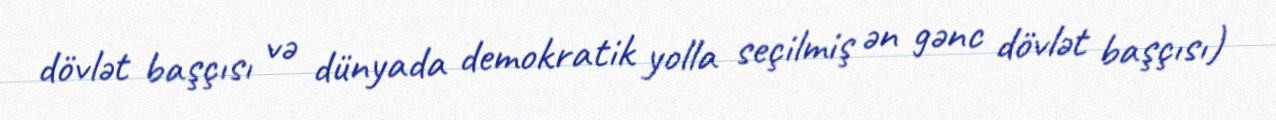
dövlət başçısı və dünyada demokratik yolla seçilmiş ən gənc dövlət başçısı)